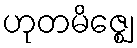
ဟုတမိဇ္ဈေ